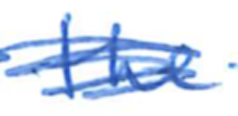
Text: the
Cross-out: mix
Writing tool: ballpoint